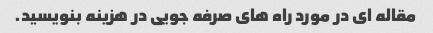
مقاله ای در مورد راه های صرفه جویی در هزینه بنویسید.